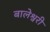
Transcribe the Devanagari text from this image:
बालेश्वरी